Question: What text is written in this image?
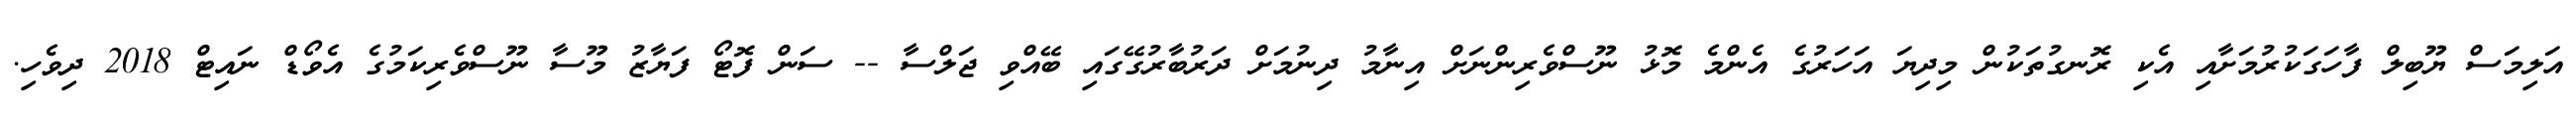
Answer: އަލިމަސް ޔޫބިލް ފާހަގަކުރުމަށާއި އެކި ރޮނގުތަކުން މިދިޔަ އަހަރުގެ އެންމެ މޮޅު ނޫސްވެރިންނަށް އިނާމު ދިނުމަށް ދަރުބާރުގޭގައި ބޭއްވި ޖަލްސާ -- ސަން ފޮޓޯ ފަޔާޒު މޫސާ ނޫސްވެރިކަމުގެ އެވޯޑް ނައިޓް 2018 ދިވެހި.